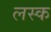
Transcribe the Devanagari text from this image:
लस्क